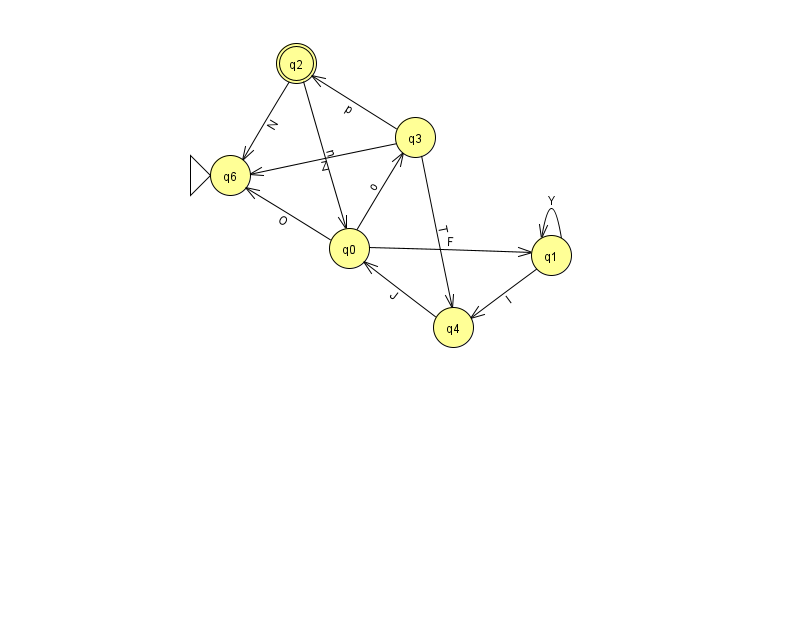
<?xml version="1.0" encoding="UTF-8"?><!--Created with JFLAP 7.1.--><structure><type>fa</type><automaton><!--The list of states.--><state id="0" name="q0"><x>349.0</x><y>235.0</y></state><state id="1" name="q1"><x>551.0</x><y>242.0</y></state><state id="2" name="q2"><x>296.0</x><y>50.0</y><final/></state><state id="3" name="q3"><x>415.0</x><y>124.0</y></state><state id="4" name="q4"><x>453.0</x><y>314.0</y></state><state id="6" name="q6"><x>230.0</x><y>162.0</y><initial/></state><!--The list of transitions.--><transition><from>0</from><to>6</to><read>O</read></transition><transition><from>1</from><to>4</to><read>l</read></transition><transition><from>3</from><to>4</to><read>T</read></transition><transition><from>0</from><to>1</to><read>F</read></transition><transition><from>0</from><to>3</to><read>o</read></transition><transition><from>2</from><to>6</to><read>N</read></transition><transition><from>4</from><to>0</to><read>J</read></transition><transition><from>1</from><to>1</to><read>Y</read></transition><transition><from>2</from><to>0</to><read>n</read></transition><transition><from>3</from><to>2</to><read>p</read></transition><transition><from>3</from><to>6</to><read>Z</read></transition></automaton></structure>